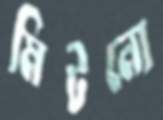
মিটনো